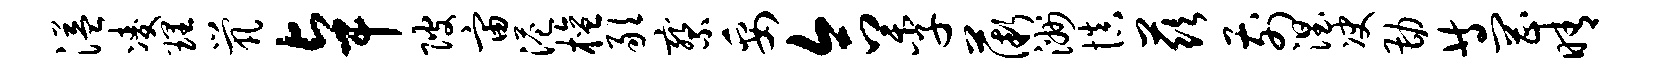
溢凌理茕卓陂宙港檀敢察妥合季薇洲慎兹前涅决勘等罔晴